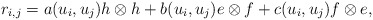
\begin{gather*}r_{i,j}=a(u_i,u_j) h \otimes h +b(u_i,u_j) e \otimes f+c(u_i,u_j) f \otimes e,\end{gather*}